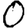
Digit: 0